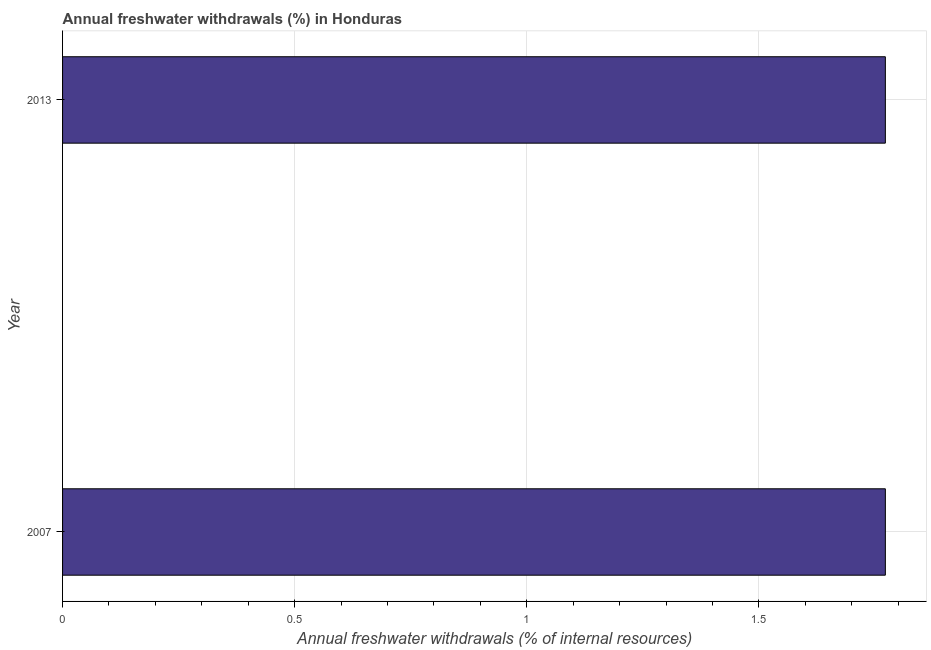
| Year | Annual freshwater withdrawals |
 | --- | --- |
 | 2007 | 1.77 |
 | 2013 | 1.77 |